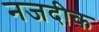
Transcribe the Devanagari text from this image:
नजदीक